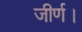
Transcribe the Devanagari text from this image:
जीर्ण।